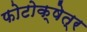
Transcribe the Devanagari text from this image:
फोटोक्षेत्र